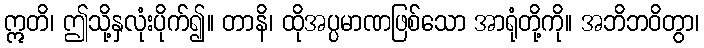
ဣတိ၊ ဤသို့နှလုံးပိုက်၍။ တာနိ၊ ထိုအပ္ပမာဏဖြစ်သော အာရုံတို့ကို။ အဘိဘဝိတွာ၊